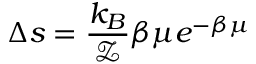
\Delta s = \frac { k _ { B } } { \mathcal { Z } } \beta \mu e ^ { - \beta \mu }